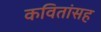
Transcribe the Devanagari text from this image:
कवितांसह